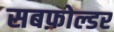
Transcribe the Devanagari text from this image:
सबफ़ोल्डर